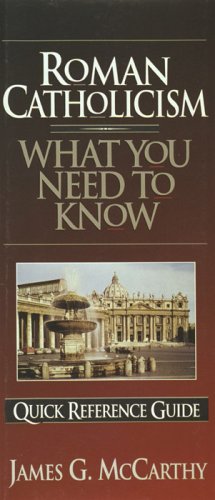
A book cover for Roman Catholicism: What You Need to Know (Quick Reference Guides); James G. McCarthy; Religion & Spirituality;